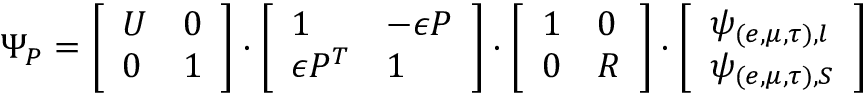
\Psi _ { P } = \left[ \begin{array} { l l } { { U } } & { { 0 } } \\ { { 0 } } & { { 1 } } \end{array} \right] \cdot \left[ \begin{array} { l l } { { 1 } } & { { - \epsilon P } } \\ { { \epsilon P ^ { T } } } & { { 1 } } \end{array} \right] \cdot \left[ \begin{array} { l l } { { 1 } } & { { 0 } } \\ { { 0 } } & { { R } } \end{array} \right] \cdot \left[ \begin{array} { l } { { \psi _ { ( e , \mu , \tau ) , l } } } \\ { { \psi _ { ( e , \mu , \tau ) , S } } } \end{array} \right]